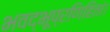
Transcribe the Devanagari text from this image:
भवद्भूप्रणिहितां।